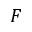
F